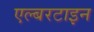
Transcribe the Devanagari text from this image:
एल्बरटाइन